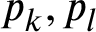
p _ { k } , p _ { l }